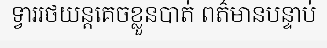
ទ្វាររថយន្តគេចខ្លួនបាត់ ពត៌មានបន្ទាប់